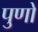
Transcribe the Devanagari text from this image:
पुणो